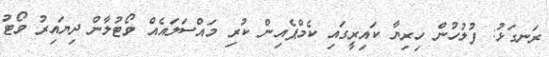
ރަނގަޅު: ފުލުހުން ހިރިޔާ ކައިރީގައި ކެމްޕެއިން ކުރި މައްސަލައެއް ވޯޓުލާން ދިޔައިރު ވޯޓު